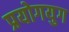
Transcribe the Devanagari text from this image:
प्रयोगयुग